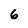
Character: 6